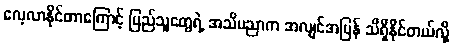
လေ့လာနိုင်တာကြောင့် ပြည်သူတွေရဲ့ အသိပညာက အလျင်အမြန် သိရှိနိုင်တယ်လို့